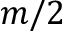
m / 2